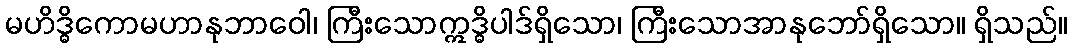
မဟိဒ္ဓိကောမဟာနုဘာဝေါ၊ ကြီးသောဣဒ္ဓိပါဒ်ရှိသော၊ ကြီးသောအာနုဘော်ရှိသော။ ရှိသည်။